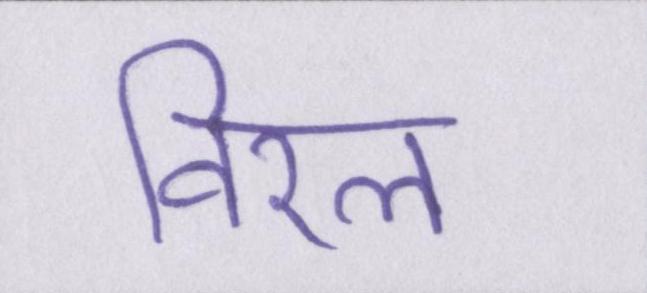
विरल